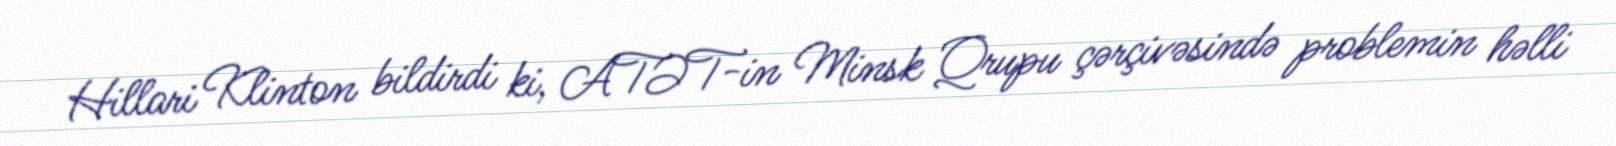
Hillari Klinton bildirdi ki, ATƏT-in Minsk Qrupu çərçivəsində problemin həlli